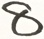
8